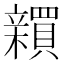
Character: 𬔫